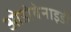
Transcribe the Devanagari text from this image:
ओडोबेनाइडी